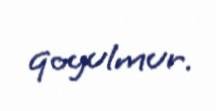
qoyulmur.